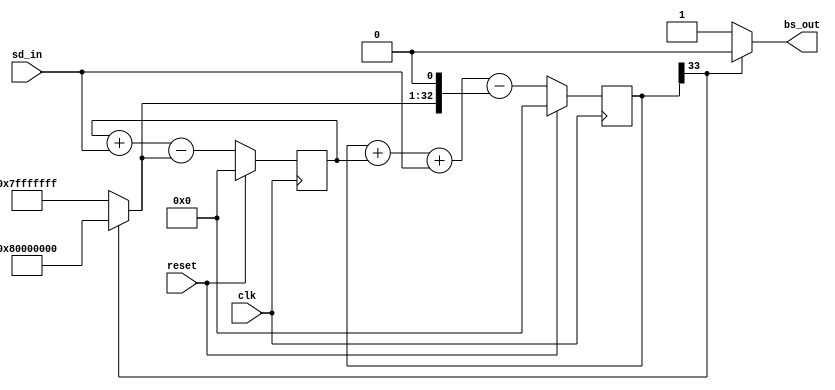
module sd2 #(parameter BW = 32, parameter RESETVAL = 0) (clk, reset, sd_in, bs_out);

// input bitwidth
// parameter BW = 32;

input clk, reset;
input signed [BW-1:0] sd_in;    // sd input
output bs_out;                  // bitstream output

wire signed [BW-1:0] feedback;  // feedback signal

reg signed [BW+1:0] sd_reg1;
reg signed [BW+1:0] sd_reg2;

initial begin 
sd_reg1 = 0;
sd_reg2 = 0;
end

// logic assignments
assign bs_out = sd_reg1[BW+1] ? 0 : 1;
assign feedback = sd_reg1[BW+1] ? -(2**(BW-1)) : (2**(BW-1) - 1);

// register update logic
always@(posedge clk) begin
	sd_reg1 <= (reset) ? RESETVAL : sd_reg1 + sd_reg2 + sd_in - (feedback <<< 1);
	sd_reg2 <= (reset) ? RESETVAL : sd_reg2 + sd_in - feedback;
end

endmodule